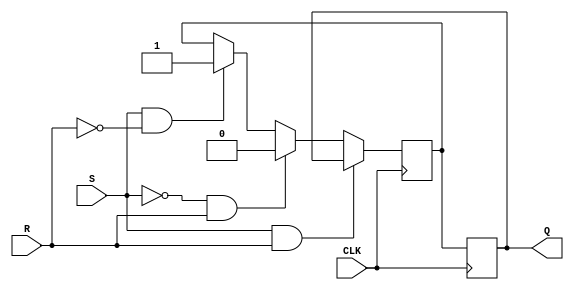
module SR_D_FF (
    input S, R, CLK,
    output reg Q
);

// Internal signal to store the intermediate value
reg intermediate;

// Always block triggered on positive edge of clock
always @(posedge CLK) begin
    // If both Set and Reset are high, retain previous value
    if (S & R)
        intermediate <= Q;
    else if (~S & R)
        intermediate <= 0; // Reset
    else if (S & ~R)
        intermediate <= 1; // Set
    else // S=0, R=0
        intermediate <= intermediate; // No change

    // Assign the intermediate value to the output
    Q <= intermediate;
end

endmodule